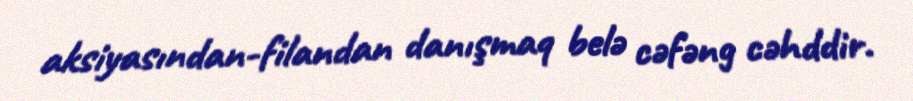
aksiyasından-filandan danışmaq belə cəfəng cəhddir.